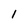
Character: 1